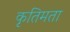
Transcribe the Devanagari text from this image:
कृतिमता